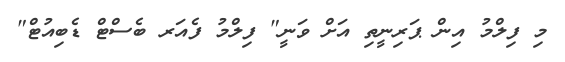
މި ފިލްމު އިން ޕަރިނީތި އަށް ވަނީ" ފިލްމު ފެއަރ ބެސްޓް ޑެބިއުޓް"